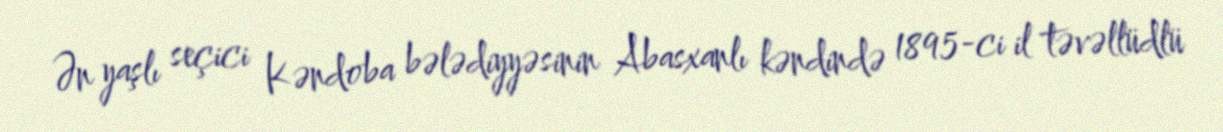
Ən yaşlı seçici Kəndoba bələdiyyəsinin Abasxanlı kəndində 1895-ci il təvəllüdlü